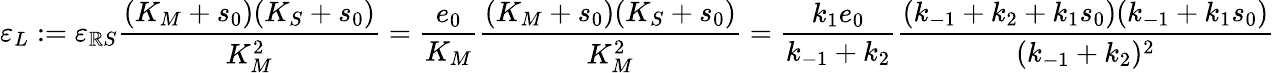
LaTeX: \varepsilon_{L}:=\varepsilon_{\mathbb{R}S}\frac{{(K_{M}+s_{0})(K_{S}+s_{0})}}{{K_{M}^{2}}}=\frac{{e_{0}}}{{K_{M}}}\frac{{(K_{M}+s_{0})(K_{S}+s_{0})}}{{K_{M}^{2}}}=\frac{{k_{1}e_{0}}}{{k_{-1}+k_{2}}}\frac{{(k_{-1}+k_{2}+k_{1}s_{0})(k_{-1}+k_{1}s_{0})}}{{(k_{-1}+k_{2})^{2}}}